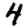
Digit: 4